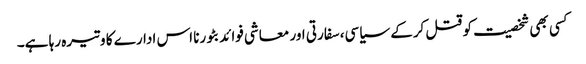
کسی بھی شخصیت کو قتل کرکے سیاسی، سفارتی اور معاشی فوائد بٹورنا اس ادارے کا وتیرہ رہا ہے۔